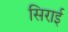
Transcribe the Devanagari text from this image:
सिराई